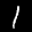
Label: 1